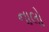
નાલો